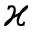
\varkappa